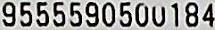
9555590500184